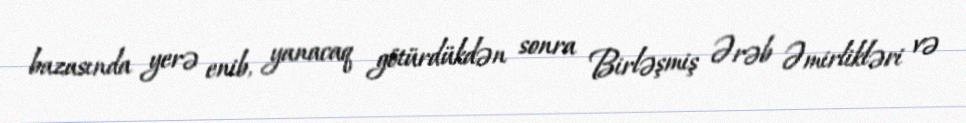
bazasında yerə enib, yanacaq götürdükdən sonra Birləşmiş Ərəb Əmirlikləri və